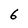
Character: 6